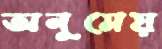
অনুমেয়